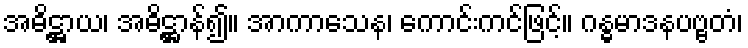
အဓိဋ္ဌာယ၊ အဓိဋ္ဌာန်၍။ အာကာသေန၊ ကောင်းကင်ဖြင့်။ ဂန္ဓမာဒနပဗ္ဗတံ၊